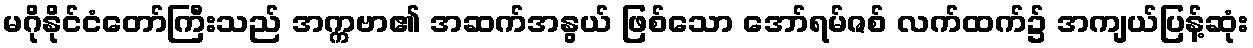
မဂိုနိုင်ငံတော်ကြီးသည် အက္ကဗာ၏ အဆက်အနွယ် ဖြစ်သော အော်ရမ်ဇစ် လက်ထက်၌ အကျယ်ပြန့်ဆုံး